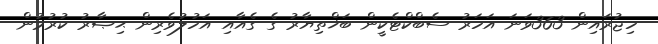
ހިޖުރައިން 363ވަނަ އަހަރު ސެބްކްޓެކީން ބަޚްތިޔާރު ގެ ގެއާއި އަހުލުވެރިން ޙިޞާރު ކުރުމުން